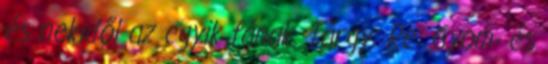
és nekidől az egyik fának. Tárgy: Re: Gyom- és